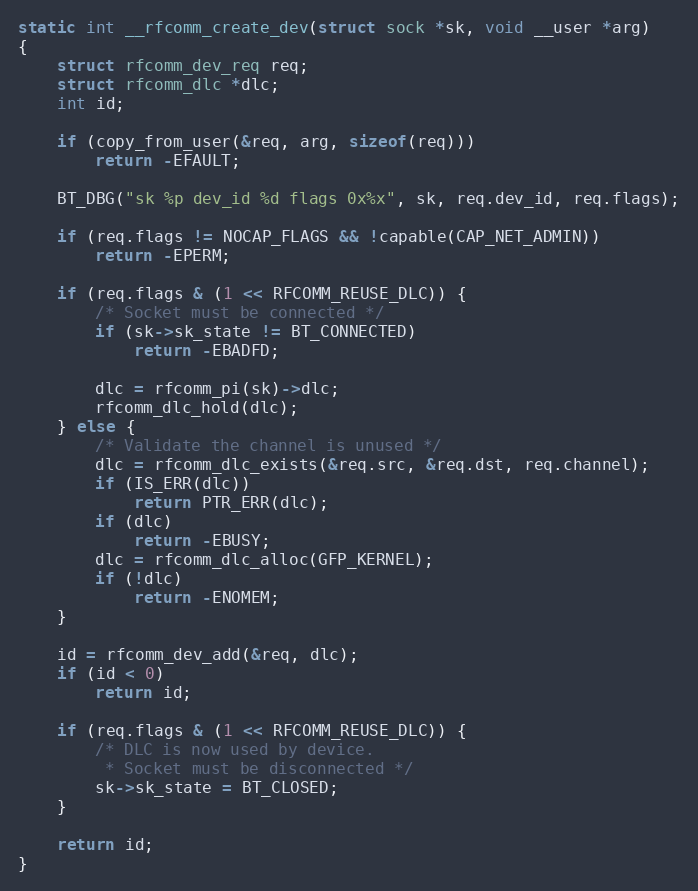
Language: C
static int __rfcomm_create_dev(struct sock *sk, void __user *arg)
{
	struct rfcomm_dev_req req;
	struct rfcomm_dlc *dlc;
	int id;

	if (copy_from_user(&req, arg, sizeof(req)))
		return -EFAULT;

	BT_DBG("sk %p dev_id %d flags 0x%x", sk, req.dev_id, req.flags);

	if (req.flags != NOCAP_FLAGS && !capable(CAP_NET_ADMIN))
		return -EPERM;

	if (req.flags & (1 << RFCOMM_REUSE_DLC)) {
		/* Socket must be connected */
		if (sk->sk_state != BT_CONNECTED)
			return -EBADFD;

		dlc = rfcomm_pi(sk)->dlc;
		rfcomm_dlc_hold(dlc);
	} else {
		/* Validate the channel is unused */
		dlc = rfcomm_dlc_exists(&req.src, &req.dst, req.channel);
		if (IS_ERR(dlc))
			return PTR_ERR(dlc);
		if (dlc)
			return -EBUSY;
		dlc = rfcomm_dlc_alloc(GFP_KERNEL);
		if (!dlc)
			return -ENOMEM;
	}

	id = rfcomm_dev_add(&req, dlc);
	if (id < 0)
		return id;

	if (req.flags & (1 << RFCOMM_REUSE_DLC)) {
		/* DLC is now used by device.
		 * Socket must be disconnected */
		sk->sk_state = BT_CLOSED;
	}

	return id;
}